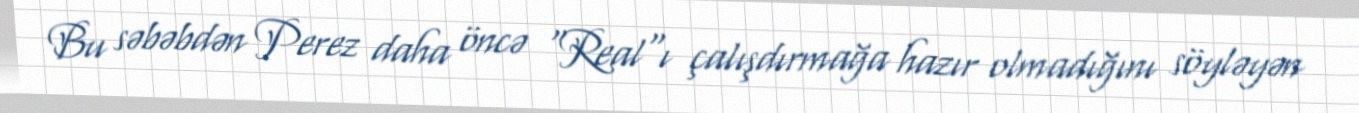
Bu səbəbdən Perez daha öncə "Real"ı çalışdırmağa hazır olmadığını söyləyən